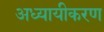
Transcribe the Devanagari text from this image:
अध्यायीकरण